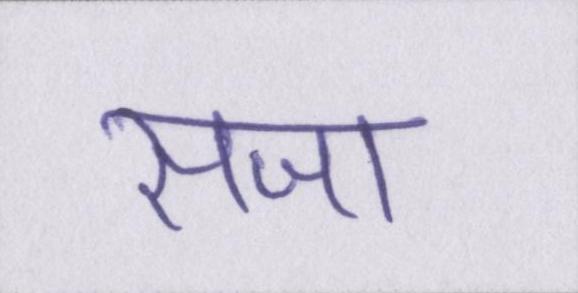
सजा